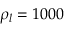
\rho _ { l } = 1 0 0 0